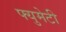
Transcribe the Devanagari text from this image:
फ्युमेटी